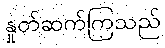
နှုတ်ဆက်ကြသည်